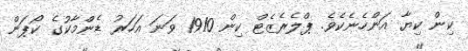
ކިން ކިޔާ އަންހެނެކެވެ. ޕްލެރެޒެޓް ކިން 1910 ވަނަ އަހަރު ޑެންމާކުގެ ކޯޕަން